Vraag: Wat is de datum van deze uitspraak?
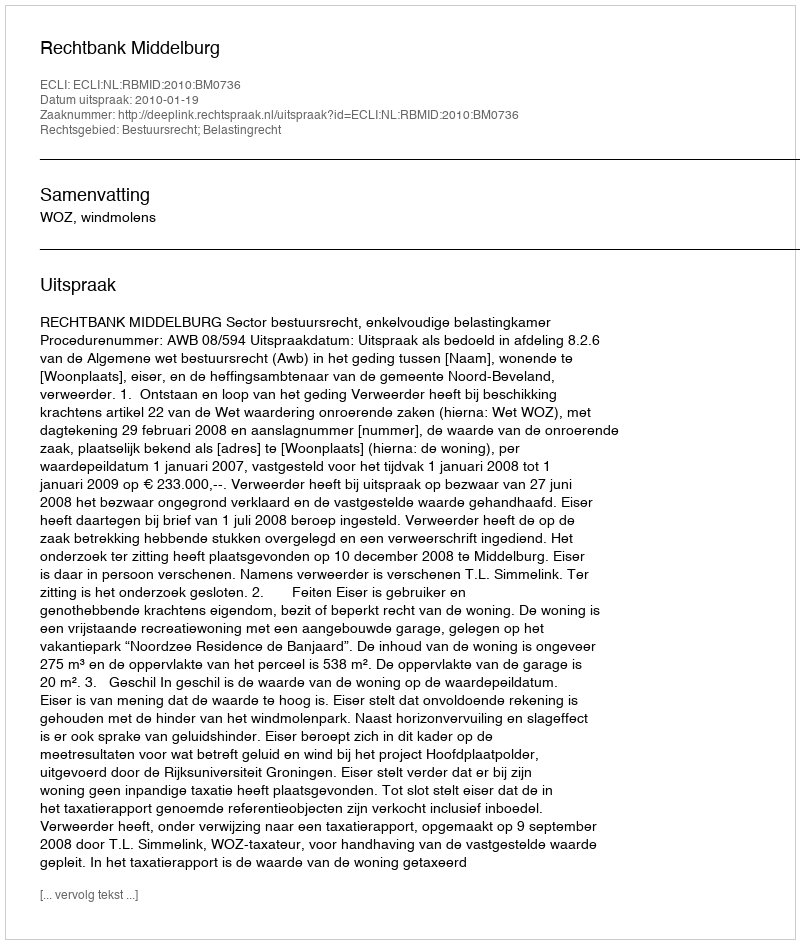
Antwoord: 2010-01-19